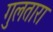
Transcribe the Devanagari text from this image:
गुलतारा